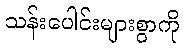
သန်းပေါင်းများစွာကို